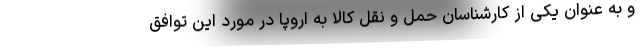
و به عنوان یکی از کارشناسان حمل و نقل کالا به اروپا در مورد این توافق